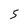
Character: 5